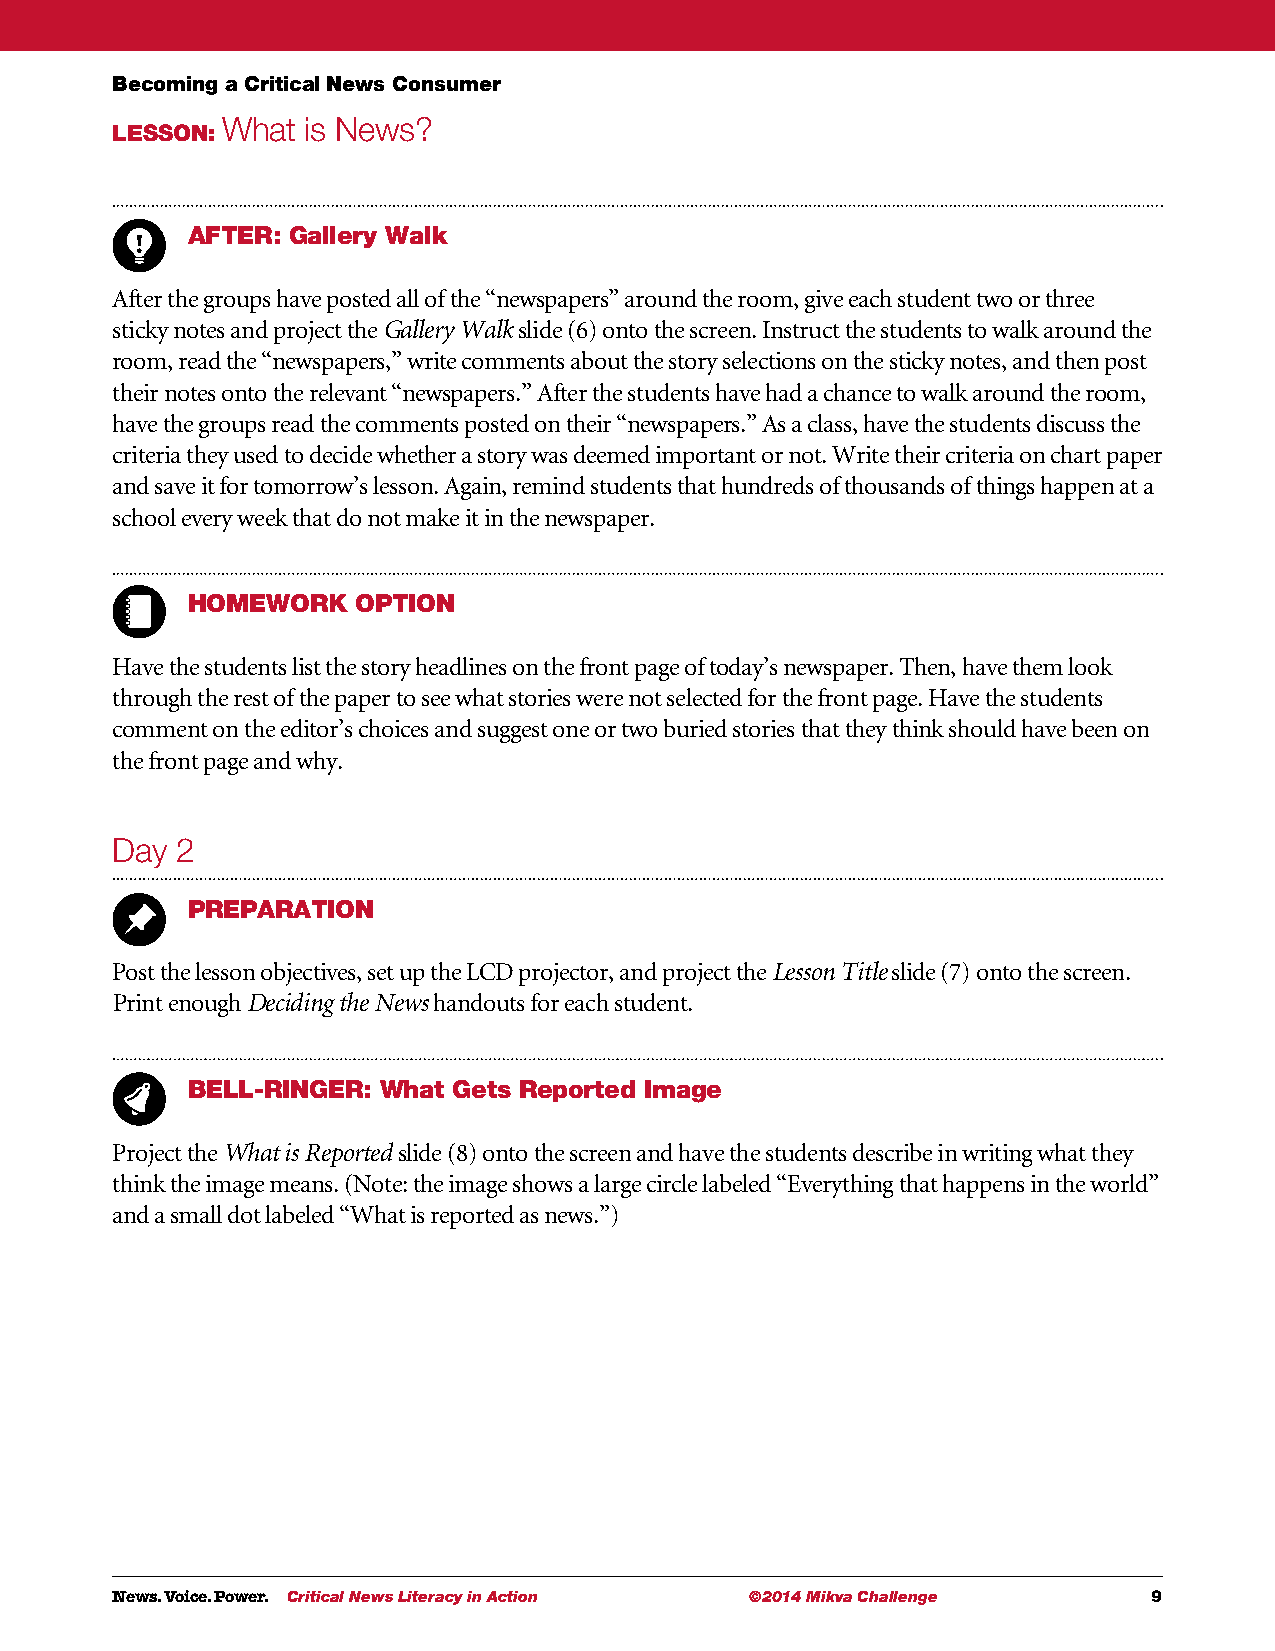
Becoming a Critical News Consumer
 What is News?
 LESSON:
 AFTER: Gallery Walk
 After the groups have posted all of the “newspapers” around the room, give each student two or three
 sticky notes and project the Gallery Walk slide (6) onto the screen. Instruct the students to walk around the
 room, read the “newspapers,” write comments about the story selections on the sticky notes, and then post
 their notes onto the relevant “newspapers.” After the students have had a chance to walk around the room,
 have the groups read the comments posted on their “newspapers.” As a class, have the students discuss the
 criteria they used to decide whether a story was deemed important or not. Write their criteria on chart paper
 and save it for tomorrow’s lesson. Again, remind students that hundreds of thousands of things happen at a
 school every week that do not make it in the newspaper.
 HOMEWORK    OPTION
 Have the students list the story headlines on the front page of today’s newspaper. Then, have them look
 through the rest of the paper to see what stories were not selected for the front page. Have the students
 comment on the editor’s choices and suggest one or two buried stories that they think should have been on
 the front page and why.
 Day  2
 PREPARATION
 Post the lesson objectives, set up the LCD projector, and project the Lesson Title slide (7) onto the screen.
 Print enough Deciding the News handouts for each student.
 BELL-RINGER: What Gets Reported Image
 Project the What is Reported slide (8) onto the screen and have the students describe in writing what they
 think the image means. (Note: the image shows a large circle labeled “Everything that happens in the world”
 and a small dot labeled “What is reported as news.”)
 News. Voice. Power. Critical News Literacy in Action ©2014 Mikva Challenge 9